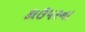
કાઉપરના